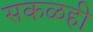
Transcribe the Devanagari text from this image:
सकळही